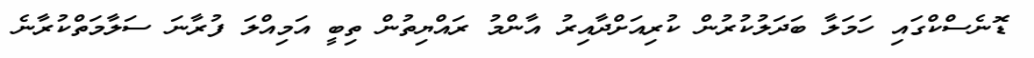
ޑޮނެސްކްގައި ހަމަލާ ބަދަލުކުރުން ކުރިއަށްދާއިރު އާންމު ރައްޔިތުން ތިބީ އަމިއްލަ ފުރާނަ ސަލާމަތްކުރާނެ